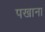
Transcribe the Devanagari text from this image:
पखाना